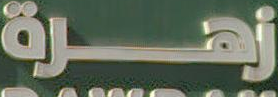
زهرة